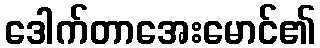
ဒေါက်တာအေးမောင်၏